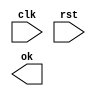
`timescale 1ns / 1ps
//////////////////////////////////////////////////////////////////////////////////
// Company: 
// Engineer: 
// 
// Design Name: 
// Module Name:    mem_wb 
// Project Name: 
// Target Devices: 
// Tool versions: 
// Description: 
//
// Dependencies: 
//
// Revision: 
// Revision 0.01 - File Created
// Additional Comments: 
//
//////////////////////////////////////////////////////////////////////////////////
module wb(
input clk,
input rst,
output ok
    );


endmodule